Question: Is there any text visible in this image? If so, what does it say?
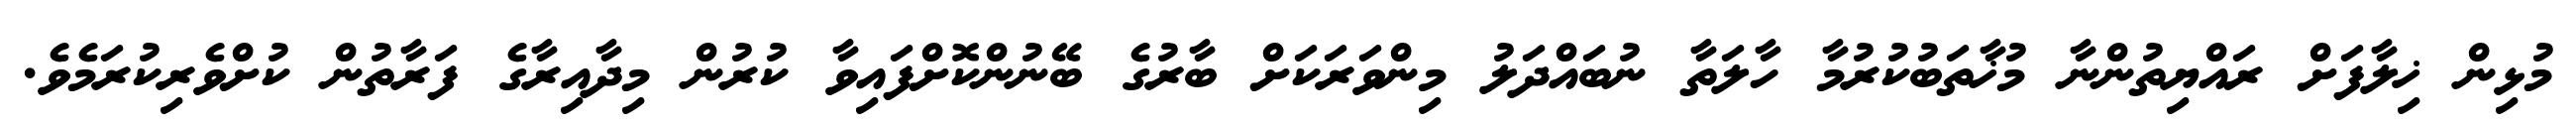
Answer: މުޅިން ޚިލާފަށް ރައްޔިތުންނާ މުޚާތަބުކުރުމާ ހާލަތާ ނުބައްދަލު މިންވަރަކަށް ބާރުގެ ބޭނުންކޮށްފައިވާ ކުރުން މިދާއިރާގެ ފަރާތުން ކުށްވެރިކުރަމެވެ.